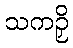
သကဉှိ